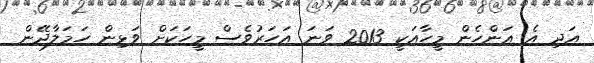
އަދި އެ އަންހެން މީހާއަކީ 2013 ވަނަ އަހަރުވެސް މީހަކަށް ވަޅިން ހަމަލާދޭން